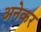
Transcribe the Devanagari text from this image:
अनेकर